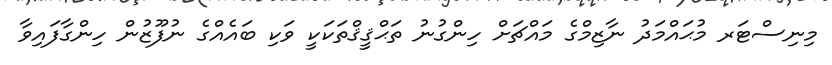
މިނިސްޓަރ މުޙައްމަދު ނާޒިމްގެ މައްޗަށް ހިންގުނު ތަޙްޤީޤްތަކަކީ ވަކި ބައެއްގެ ނުފޫޒުން ހިންގާފައިވާ